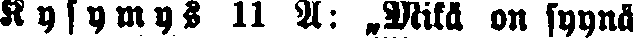
Kysymys 11 A: „Mikä on syynä